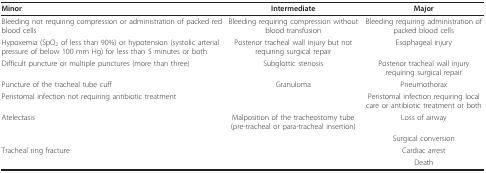
| Minor | Intermediate | Major |
 | --- | --- | --- |
 | Bleeding not requiring compression or administration of packed red blood cells | Bleeding requiring compression without blood transfusion | Bleeding requiring administration of packed blood cells |
 | Hypoxemia (SpO2 of less than 90%) or hypotension (systolic arterial pressure of below 100 mm Hg) for less than 5 minutes or both | Posterior tracheal wall injury but not requiring surgical repair | Esophageal injury |
 | Difficult puncture or multiple punctures (more than three) | Subglottic stenosis | Posterior tracheal wall injury requiring surgical repair |
 | Puncture of the tracheal tube cuff | Granuloma | Pneumothorax |
 | Peristomal infection not requiring antibiotic treatment |  | Peristomal infection requiring local care or antibiotic treatment or both |
 | Atelectasis | Malposition of the tracheostomy tube (pre-tracheal or para-tracheal insertion) | Loss of airway |
 |  |  | Surgical conversion |
 | Tracheal ring fracture |  | Cardiac arrest |
 |  |  | Death |